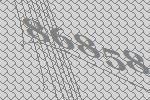
86858